Lunatic asylums in Bengal annual reports 1888-1898 - 1888-1898
Year: 1888
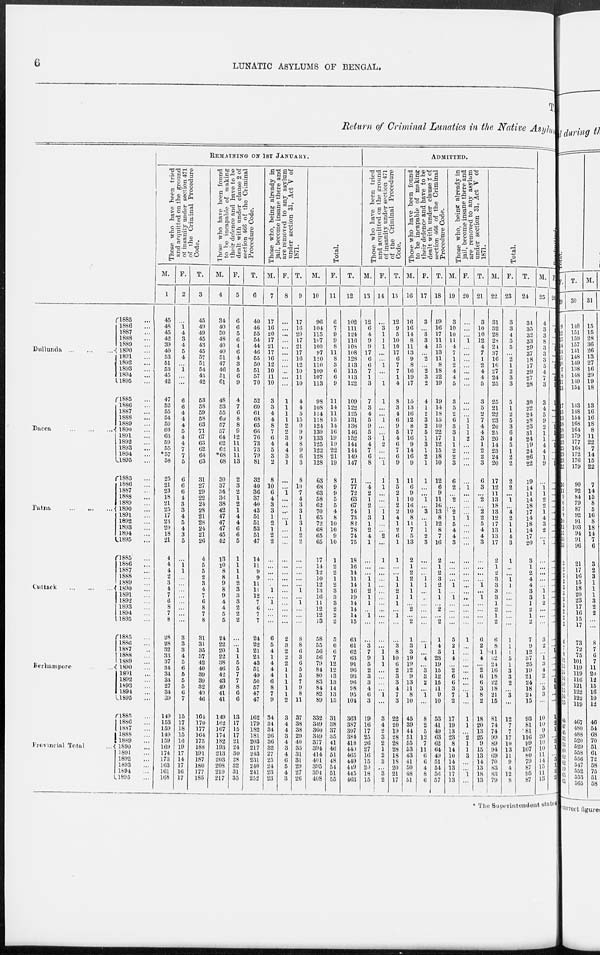
6
LUNATIC ASYLUMS OF BENGAL.
T
Return of Criminal Lunatics in the Native Asylum
Dullunda
...
...
...
Dacca
...
...
...
Patna
...
...
...
Cuttack
...
...
...
Berhampore ...
Provincial Total ...
1885 ...
1886 ...
1887 ...
1888 ...
1889 ...
1890 ...
1891 ...
1892 ...
1893 ...
1894 ...
1895 ...
1885 ...
1886 ...
1887 ...
1888 ...
1889 ...
1890 ...
1891 ...
1892 ...
1893 ...
1894 ...
1895 ...
1885 ...
1886 ...
1887 ...
1888 ...
1889 ...
1890 ...
1891 ...
1892 ...
1893 ...
1894 ...
1895 ...
1885 ...
1886 ...
1887 ...
1888 ...
1889 ...
1890 ...
1891 ...
1892 ...
1893 ...
1894 ...
1895 ...
1885 ...
1886 ...
1887 ...
1888 ...
1889 ...
1890 ...
1891 ...
1892 ...
1893 ...
1894 ...
1895 ...
1885 ...
1886 ...
1887 ...
1888 ...
1889 ...
1890 ...
1891 ...
1892 ...
1893 ...
1894 ...
1895 ...
REMAINING ON 1ST JANUARY.
Those who have been tried
and acquitted on the ground
of insanity under section 471
of the Criminal Procedure
Code.
M.
1
45
48
45
42
39
40
53
51
53
45
42
47
52
55
54
59
66
63
59
55
*57
58
25
21
23
18
21
25
17
23
20
18
21
4
4
4
2
3
4
7
6
8
7
8
28
28
32
33
37
34
34
34
27
34
39
149
153
159
149
159
169
174
173
163
161
168
F.
2
...
1
4
3
4
5
4
...
1
...
...
6
6
4
4
4
5
4
4
7
7
5
6
6
6
4
3
3
4
5
4
3
5
...
1
1
...
...
...
...
...
...
...
...
3
3
3
4
5
6
5
5
5
6
7
15
17
18
15
16
19
17
14
17
16
17
T.
3
45
49
49
45
43
45
57
51
54
45
42
53
58
59
58
63
71
67
63
62
64
63
31
27
29
22
24
28
21
28
24
21
26
4
5
5
2
3
4
7
6
8
7
8
31
31
35
37
42
40
39
39
32
40
46
164
170
177
164
175
188
191
187
180
177
185
Those who have been found
to be incapable of making
their defence and have to be
dealt with under clause 2 of
section 466 of the Criminal
Procedure Code.
M.
4
34
40
50
48
40
40
51
47
46
51
61
48
53
55
60
57
57
64
62
62
*68
68
30
37
34
36
38
42
47
47
47
45
42
13
10
8
8
9
8
9
4
4
5
5
24
22
20
22
38
46
42
43
49
41
41
149
162
167
174
182
193
213
203
208
210
217
F.
5
6
6
5
6
4
6
4
3
5
6
9
4
7
6
8
8
9
12
11
11
11
13
2
3
2
1
2
1
4
4
6
6
5
1
1
1
1
2
3
3
3
2
2
2
...
...
1
1
5
5
7
7
8
6
6
13
17
15
17
21
24
30
28
32
31
35
T.
6
40
46
55
54
44
46
55
50
51
57
70
52
60
61
68
65
66
76
73
73
79
81
32
40
36
37
40
43
51
51
53
51
47
14
11
9
9
11
11
12
7
6
7
7
24
22
21
23
43
51
49
50
57
47
47
162
179
182
181
203
217
243
231
240
241
252
Those who, being already in
jail, become insane there and
are removed to any asylum
under section 31, Act V of
1871.
M.
7
17
16
20
17
21
17
16
12
10
11
10
3
3
4
14
8
7
6
4
5
3
2
8
10
6
4
3
3
1
2
1
2
2
...
...
...
...
...
1
...
1
...
...
...
6
5
4
1
4
4
4
6
8
7
9
34
34
34
26
36
32
27
25
24
23
23
F.
8
...
...
...
...
...
...
...
...
...
...
...
1
1
1
1
2
2
3
4
4
3
1
...
...
1
...
...
...
...
1
...
...
...
...
...
...
...
...
...
...
...
...
...
...
2
3
2
2
2
1
1
1
1
1
2
3
4
4
3
4
3
4
6
5
4
3
T.
9
17
16
20
17
21
17
16
12
10
11
10
4
4
5
15
10
9
9
8
9
6
3
8
10
7
4
3
3
1
3
1
2
2
...
...
...
...
...
1
...
1
...
...
...
8
8
6
3
6
5
5
7
9
8
11
37
38
38
29
40
35
31
31
29
27
26
Total.
M.
10
96
104
115
107
100
97
120
110
109
107
113
98
108
114
118
124
130
133
125
122
128
128
63
68
63
58
62
70
65
72
68
65
65
17
14
12
10
12
13
16
11
12
12
13
58
55
56
56
79
84
80
83
84
82
89
332
349
360
349
377
394
414
401
395
394
408
F.
11
6
7
9
9
8
11
8
3
6
6
9
11
14
11
13
14
16
19
19
22
21
19
8
9
9
5
5
4
8
10
10
9
10
1
2
2
1
2
3
3
3
2
2
2
5
6
6
7
12
12
13
13
14
13
15
31
38
37
35
41
46
51
48
54
51
55
T.
12
102
111
124
116
108
108
128
113
115
113
122
109
122
125
131
138
146
152
144
144
149
147
71
77
72
63
67
74
73
82
78
74
75
18
16
14
11
14
16
19
14
14
14
15
63
61
62
63
91
96
93
96
98
95
104
363
387
397
384
418
440
465
449
449
445
463
ADMITTED.
Those who have been tried
and acquitted on the ground
of insanity under section 471
of the Criminal Procedure
Code.
M.
13
12
6
4
9
9
17
6
6
7
1
3
7
3
4
5
9
5
3
4
7
6
8
...
4 2
1
2
1
3
1
2
4
1
...
...
...
1
1
2
1
1
...
1
...
...
3
7
9
5
2
3
3
4
6
3
19
16
17
25
26
27
16
15
20
18
15
F.
14
...
3
1
1
1
...
...
1
...
...
1
1
...
...
1
...
...
1 2
...
...
1
1
1
...
...
...
1
1
...
...
2
...
1
...
...
...
...
...
...
...
...
...
...
...
...
1
1
1
...
...
...
...
1
...
3
4
2
3
2
1
2
3
...
3
2
T.
15
12
9
5
10
10
17
6
7
7
1
4
8
3
4
6
9
5
4
6
7
6
9
1
5
2
1
2
2
4
1
2
6
1
1
...
...
1
1
2
1
1
...
1
...
...
3
8
10
6
2
3
3
4
7
3
22
20
19
28
28
28
18
18
20
21
17
Those who have been found
to be incapable of making
their defence and have to be
dealt with under clause 2 of
section 466 of the Criminal
Procedure Code.
M.
16
16
16
14
8
11
13
9
8
16
19
17
15
13
16
12
8
17
16
9
14
16
9
11
6
9
10
16
10
8
11
7
5
13
2
1
2
2
1
1
1
...
2
...
2
1
3
3
19
19
12
9
13
11
8
10
45
39
44
51
55
53
43
41
50
48
51
F.
17
3
...
3
3
4
...
2
...
2
3
2
4
1
2
3
2
5
1
3
1
2
1
1
...
...
1
...
3
...
1
1
2
3
...
...
...
1
1
...
...
...
...
...
...
...
1
...
4
...
3
3
2
...
1
...
8
2
5
12
7
11
6
6
4
8
6
T.
18
19
16
17
11
15
13
11
8
18
22
19
19
14
18
15
10
22
17
12
15
18
10
12
6
9
11
16
13
8
12
8
7
16
2
1
2
3
2
1
1
...
2
...
2
1
4
3
23
19
15
12
15
11
9
10
53
41
49
63
62
64
49
51
54
56
57
Those who, being already in
jail, become insane there and
are removed to any asylum
under section 31, Act V of
1871.
M.
19
3
10
10
11
4
7
1
2
4
4
5
3
5
2
6
3
3
1
1
2
2
3
6
2
...
2
...
2
1
5
4
4
3
...
...
...
...
1
...
1
...
...
...
...
5
2
1
4
...
2
6
6
3
7
2
17
19
13
23
8
14
10
14
13
17
13
F.
20
...
...
...
1
...
...
...
...
...
...
...
...
...
...
1 1
1
2
...
...
...
...
...
1
...
...
...
...
1
...
...
...
...
...
...
...
...
...
...
...
...
...
...
...
1
...
...
...
...
...
...
...
...
1
...
1
1
...
2
1
1
3
...
...
1
...
T.
21
3
10
10
12
4
7
1
2
4
4
5
3
5
2
7
4
4
3
1
2
2
3
6
3
...
2
...
2
2
5
4
4
3
...
...
...
...
1
...
1
...
...
...
...
6
2
1
4
...
2
6
6
3
8
2
18
20
13
25
9
15
13
14
13
18
13
Total.
M.
22
31
32
28
28
24
37
16
16
27
24
25
25
21
22
23
20
25
20
14
23
24
20
17
12
11
13
18
13
12
17
13
13
17
2
1
2
3
3
3
3
1
2
1
2
6
8
11
32
24
16
18
22
18
21
15
81
74
74
99
89
94
69
70
83
83
79
F.
23
3
3
4
5
5
...
2
1
2
3
3
5
1
2
5
3
6
4
5
1
2
2
2
2
...
1
...
4
2
1
1
4
3
1
...
...
1
1
...
...
...
...
...
...
1
1
1
5
1
3
3
2
...
3
...
12
7
7
17
10
13
11
9
4
12
8
T.
24
34
35
32
33
29
37
18
17
29
27
28
30
22
24
28
23
31
24
19
24
26
22
19
14
11
14
18
17
14
18
14
17
20
3
1
2
4
4
3
3
1
2
1
2
7
9
12
37
25
19
21
24
18
24
15
93
81
81
116
99
107
80
79
87
95
87
Readmitted
M.
25
4
3
3
8
3
3
3
5
4
7
3
3
4
5
9
2
1 1
4
4
1
9
...
1 1
2
2
1
4
3
2
...
1
...
...
...
...
...
1 1
2
...
...
...
3
2
...
1
3
4
2
...
5
3
...
10
10
9
20
10
10
11
14
15
11
13
F.
26
...
1
...
...
1
...
...
3
...
2
1
1
...
...
...
1
1
...
1
...
...
1
...
...
...
...
...
...
...
...
...
...
...
...
...
...
...
...
...
...
...
...
...
...
...
...
1
...
...
...
...
1
1
...
...
1
2
1
...
2
1
...
5
1
2
2
* The Superintendent states